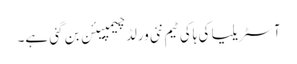
آسٹریلیا کی ہاکی ٹیم نئی ورلڈ چیمپیئن بن گئی ہے۔